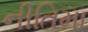
નીતિમા